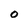
Character: 0